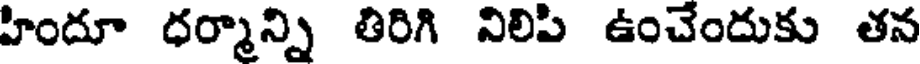
హిందూ ధర్మాన్ని తిరిగి నిలిపి ఉంచేందుకు తన